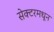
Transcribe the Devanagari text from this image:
सेक्टरमधून